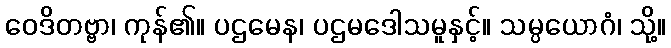
ဝေဒိတဗ္ဗာ၊ ကုန်၏။ ပဌမေန၊ ပဌမဒေါသမူနှင့်။ သမ္ပယောဂံ၊ သို့။